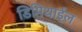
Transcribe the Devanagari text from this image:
डिमिथाईल